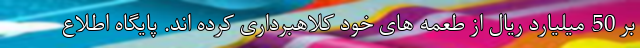
بر 50 میلیارد ریال از طعمه های خود کلاهبرداری کرده اند. پایگاه اطلاع